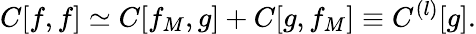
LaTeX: C[f,f]\simeq C[f_{M},g]+C[g,f_{M}]\equiv C^{(l)}[g].